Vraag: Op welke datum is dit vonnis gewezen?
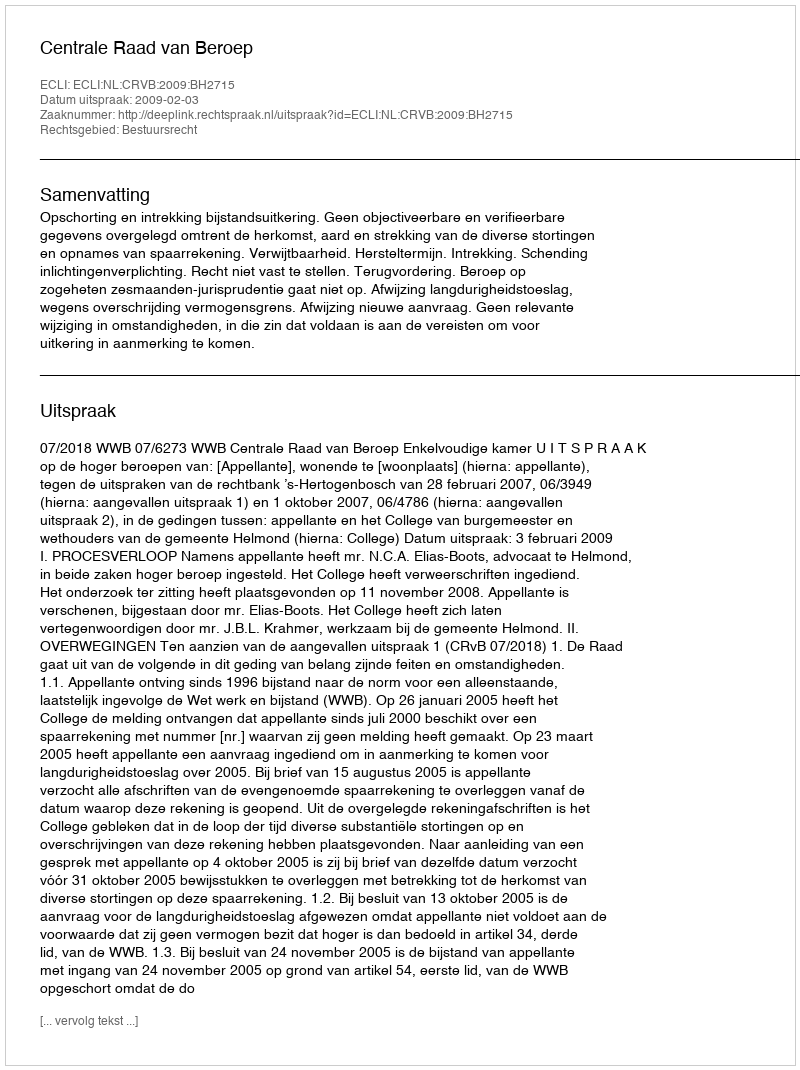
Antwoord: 2009-02-03